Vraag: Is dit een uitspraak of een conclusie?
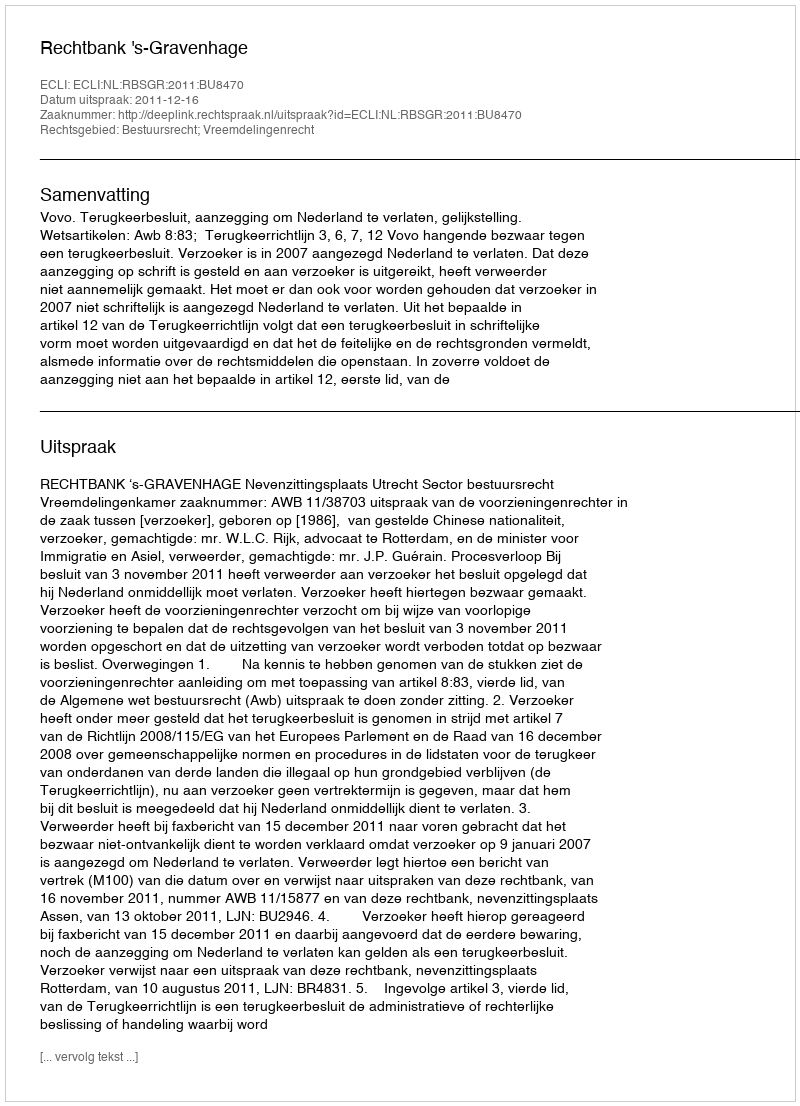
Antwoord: Uitspraak